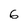
Character: 6